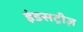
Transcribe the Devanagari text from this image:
इंडसट्रीज़